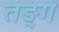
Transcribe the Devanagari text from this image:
तङ्ग